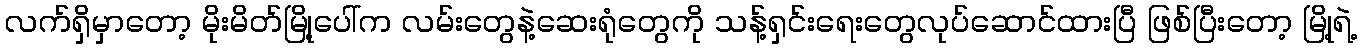
လက်ရှိမှာတော့ မိုးမိတ်မြို့ပေါ်က လမ်းတွေနဲ့ဆေးရုံတွေကို သန့်ရှင်းရေးတွေလုပ်ဆောင်ထားပြီ ဖြစ်ပြီးတော့ မြို့ရဲ့